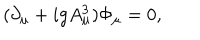
( \partial _ { \mu } + i g A _ { \mu } ^ { 3 } ) \Phi _ { \mu } = 0 ,